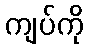
ကျပ်ကို